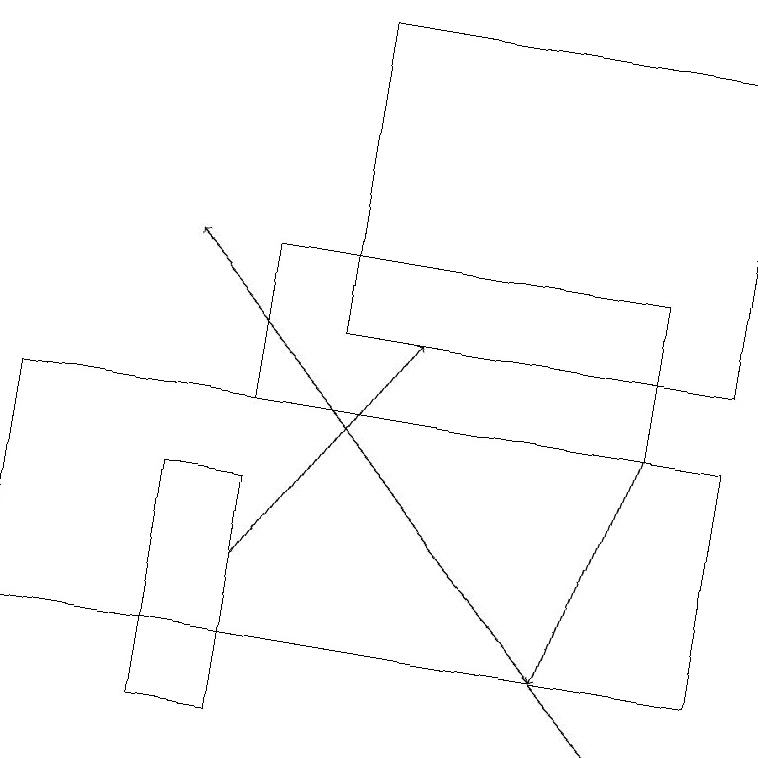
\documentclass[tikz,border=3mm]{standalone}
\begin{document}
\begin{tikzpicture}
\draw (3,10) rectangle (2,13);
\draw (8,16) rectangle (3,14);
\draw (9,19) rectangle (4,15);
\draw[->] (3,12) -- (5,15);
\draw[->] (8,14) -- (7,11);
\draw (0,11) rectangle (9,14);
\draw[->] (8,10) -- (2,16);
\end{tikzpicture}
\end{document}